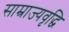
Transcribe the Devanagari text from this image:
साम्राज्यवृद्धि